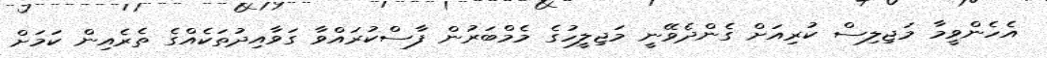
އެހެންވީމާ މަޖިލިސް ކުރިއަށް ގެންދެވޭނީ މަޖިލީހުގެ މެމްބަރުން ފާސްކުރައްވާ ގަވާއިދުތަކެއްގެ ތެރެއިން ކަމަށް